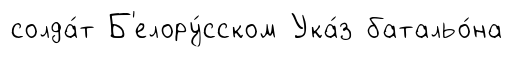
солда́т Б'елору́сском Ука́з батальо́на